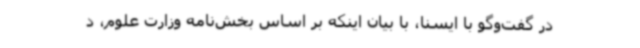
در گفت‌وگو با ایسنا، با بیان اینکه بر اساس بخش‌نامه وزارت علوم، د